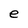
Character: e